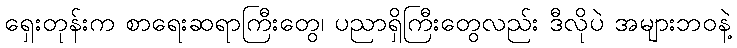
ရှေးတုန်းက စာရေးဆရာကြီးတွေ၊ ပညာရှိကြီးတွေလည်း ဒီလိုပဲ အများဘဝနဲ့